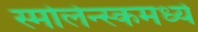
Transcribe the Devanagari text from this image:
स्मोलेन्स्कमध्ये